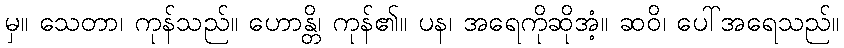
မှ။ သေတာ၊ ကုန်သည်။ ဟောန္တိ၊ ကုန်၏။ ပန၊ အရေကိုဆိုအံ့။ ဆဝိ၊ ပေါ်အရေသည်။